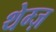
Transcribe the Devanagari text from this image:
थेम्ज़